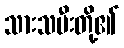
သားသမီးတို့၏